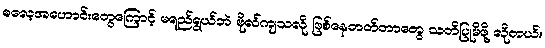
ဓလေ့အဟောင်းတွေကြောင့် မရည်ရွယ်ဘဲ ဗိုလ်ကျသလို ဖြစ်နေတတ်တာတွေ သတိပြုမိဖို့ လိုတယ်။